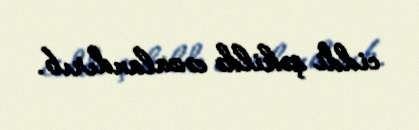
ciddi şəkildə cəzalandırıb.